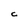
Character: C